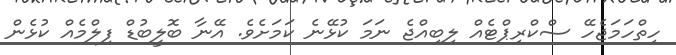
ހިތްހަމަޖެހޭ ސްކްރިޕްޓެއް ލިބިއްޖެ ނަމަ ކުޅޭނެ ކަމަށެވެ. އޭނާ ބޮލީބުޑް ފިލްމެއް ކުޅެން